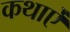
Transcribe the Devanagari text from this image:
कथाऐं